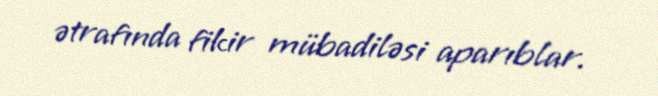
ətrafında fikir mübadiləsi aparıblar.